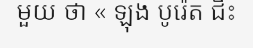
មួយ ថា « ឡុង បូរ៉េត ជិះ